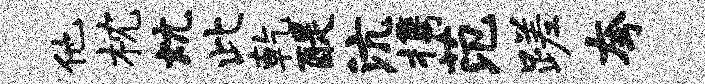
他枕炕此乾醍沆携范蹉夸